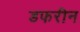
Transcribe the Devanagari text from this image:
डफरीन